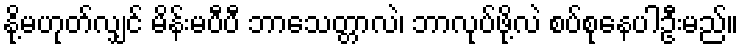
နို့မဟုတ်လျှင် မိန်းမပီပီ ဘာသေတ္တာလဲ၊ ဘာလုပ်ဖို့လဲ စပ်စုနေပါဦးမည်။